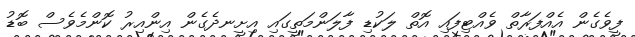
ފީވެގެން އެއްފަރާތް ވެއްޓިފައި އޮތް ލަކުޑި ފާލަންމަތީގައި އިށީނދެގެން އިންއިރު ކޮންމެވެސް ބޮޑު